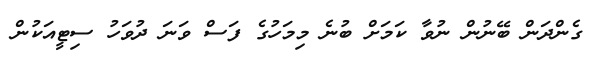
ގެންދަން ބޭނުން ނުވާ ކަމަށް ބުނެ މިމަހުގެ ފަސް ވަނަ ދުވަހު ސިޓީއަކުން